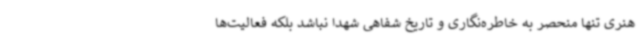
هنری تنها منحصر به خاطره‌نگاری و تاریخ شفاهی شهدا نباشد بلکه فعالیت‌ها